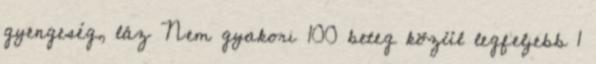
gyengeség, láz Nem gyakori 100 beteg közül legfeljebb 1